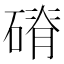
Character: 𥕂